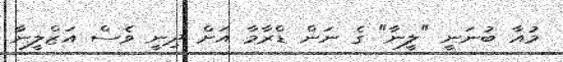
މުއާ ބުނަނީ "ލީނާ" ގެ ނަން ޑްރާމާ އަށް ދިނީ ވެސް އަޒްލީނާ